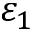
\varepsilon _ { 1 }